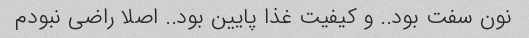
نون سفت بود.. و کیفیت غذا پایین بود.. اصلا راضی نبودم